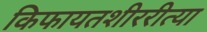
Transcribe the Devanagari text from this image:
किफायतशीररीत्या